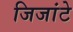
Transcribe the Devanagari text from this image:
जिजांटे